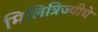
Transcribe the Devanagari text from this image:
मिलित्रिज्यीचे